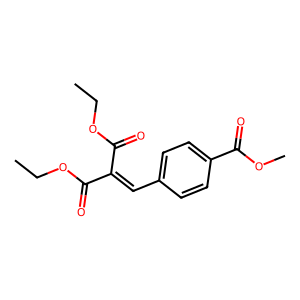
SMILES: CCOC(=O)C(=Cc1ccc(C(=O)OC)cc1)C(=O)OCC
Inhibits HIV replication: No